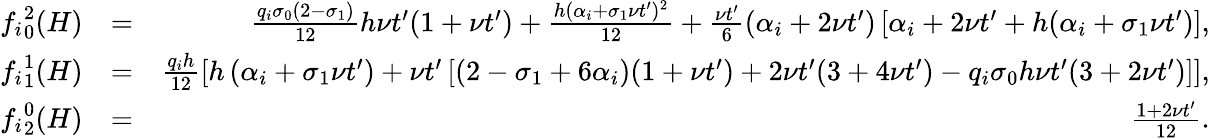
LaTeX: \begin{array}{rlr}{{f_{i}}_{0}^{2}(H)}&{=}&{\frac{q_{i}\sigma_{0}(2-\sigma_{1})}{12}h\nu t^{\prime}(1+\nu t^{\prime})+\frac{h(\alpha_{i}+\sigma_{1}\nu t^{\prime})^{2}}{12}+\frac{\nu t^{\prime}}{6}(\alpha_{i}+2\nu t^{\prime})\left[\alpha_{i}+2\nu t^{\prime}+h(\alpha_{i}+\sigma_{1}\nu t^{\prime})\right],}\\ {{f_{i}}_{1}^{1}(H)}&{=}&{\frac{q_{i}h}{12}\left[h\left(\alpha_{i}+\sigma_{1}\nu t^{\prime}\right)+\nu t^{\prime}\left[(2-\sigma_{1}+6\alpha_{i})(1+\nu t^{\prime})+2\nu t^{\prime}(3+4\nu t^{\prime})-q_{i}\sigma_{0}h\nu t^{\prime}(3+2\nu t^{\prime})\right]\right],}\\ {{f_{i}}_{2}^{0}(H)}&{=}&{\frac{1+2\nu t^{\prime}}{12}.}\end{array}